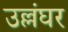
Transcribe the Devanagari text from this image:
उल्लंघर